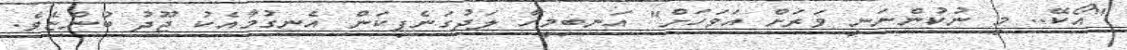
"އޯކޭ.. މި ނުކުންނަނީ ވަރަށް އަވަހަށް" އަނބިމީހާ ލަދުގަނެފިކަން އެނގުމާއެކު ޖޫދު ބުންޏެވެ.